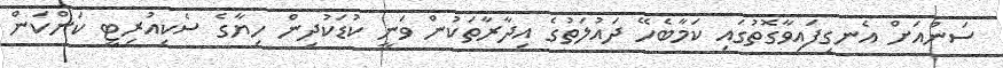
ސަންއަށް އެނގިފައިވާގޮތުގައި ކަމާބެހޭ ދައުލަތުގެ އިދާރާތަކުން ވަނީ ކުޑަކުދިން ހިޔާގެ ސެކިއުރިޓީ ކަންކަން